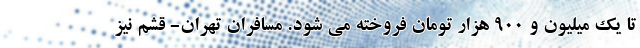
تا یک میلیون و ۹۰۰ هزار تومان فروخته می شود. مسافران تهران- قشم نیز